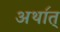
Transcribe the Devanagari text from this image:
अथा॔त्